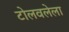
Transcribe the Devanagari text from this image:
टोलवलेला